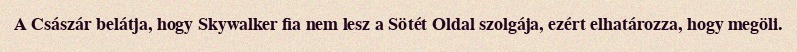
A Császár belátja, hogy Skywalker fia nem lesz a Sötét Oldal szolgája, ezért elhatározza, hogy megöli.